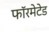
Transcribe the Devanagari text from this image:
फॉरमेटेड